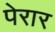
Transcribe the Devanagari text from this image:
पेरार